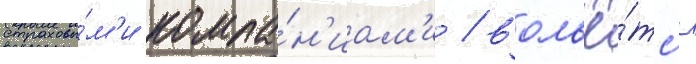
страховы́м'и компа́н'иам'и / вольё́тс'я